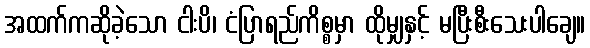
အထက်ကဆိုခဲ့သော ငါးပိ၊ ငံပြာရည်ကိစ္စမှာ ထိုမျှနှင့် မပြီးစီးသေးပါချေ။